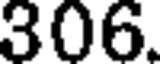
306.